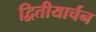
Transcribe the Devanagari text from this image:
द्वितीयार्चन